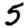
Digit: 5